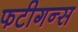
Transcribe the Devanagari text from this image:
फटीगन्स